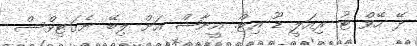
ދޭ ހޭވް ޓު ރިއަލީ ޑޫ އިޓް. އީނާޝް އަށް ލިބޭ ނެގަޓިވްސް